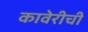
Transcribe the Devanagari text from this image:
कावेरीची